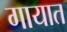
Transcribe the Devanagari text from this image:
गायात